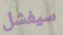
سيفشل